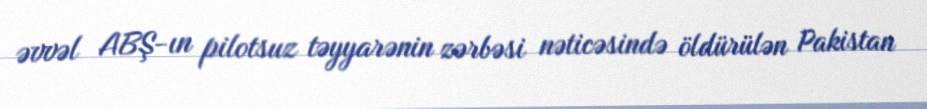
əvvəl ABŞ-ın pilotsuz təyyarənin zərbəsi nəticəsində öldürülən Pakistan